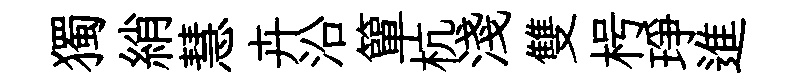
獨綃慧卉沿簞杭淺雙枵琤進